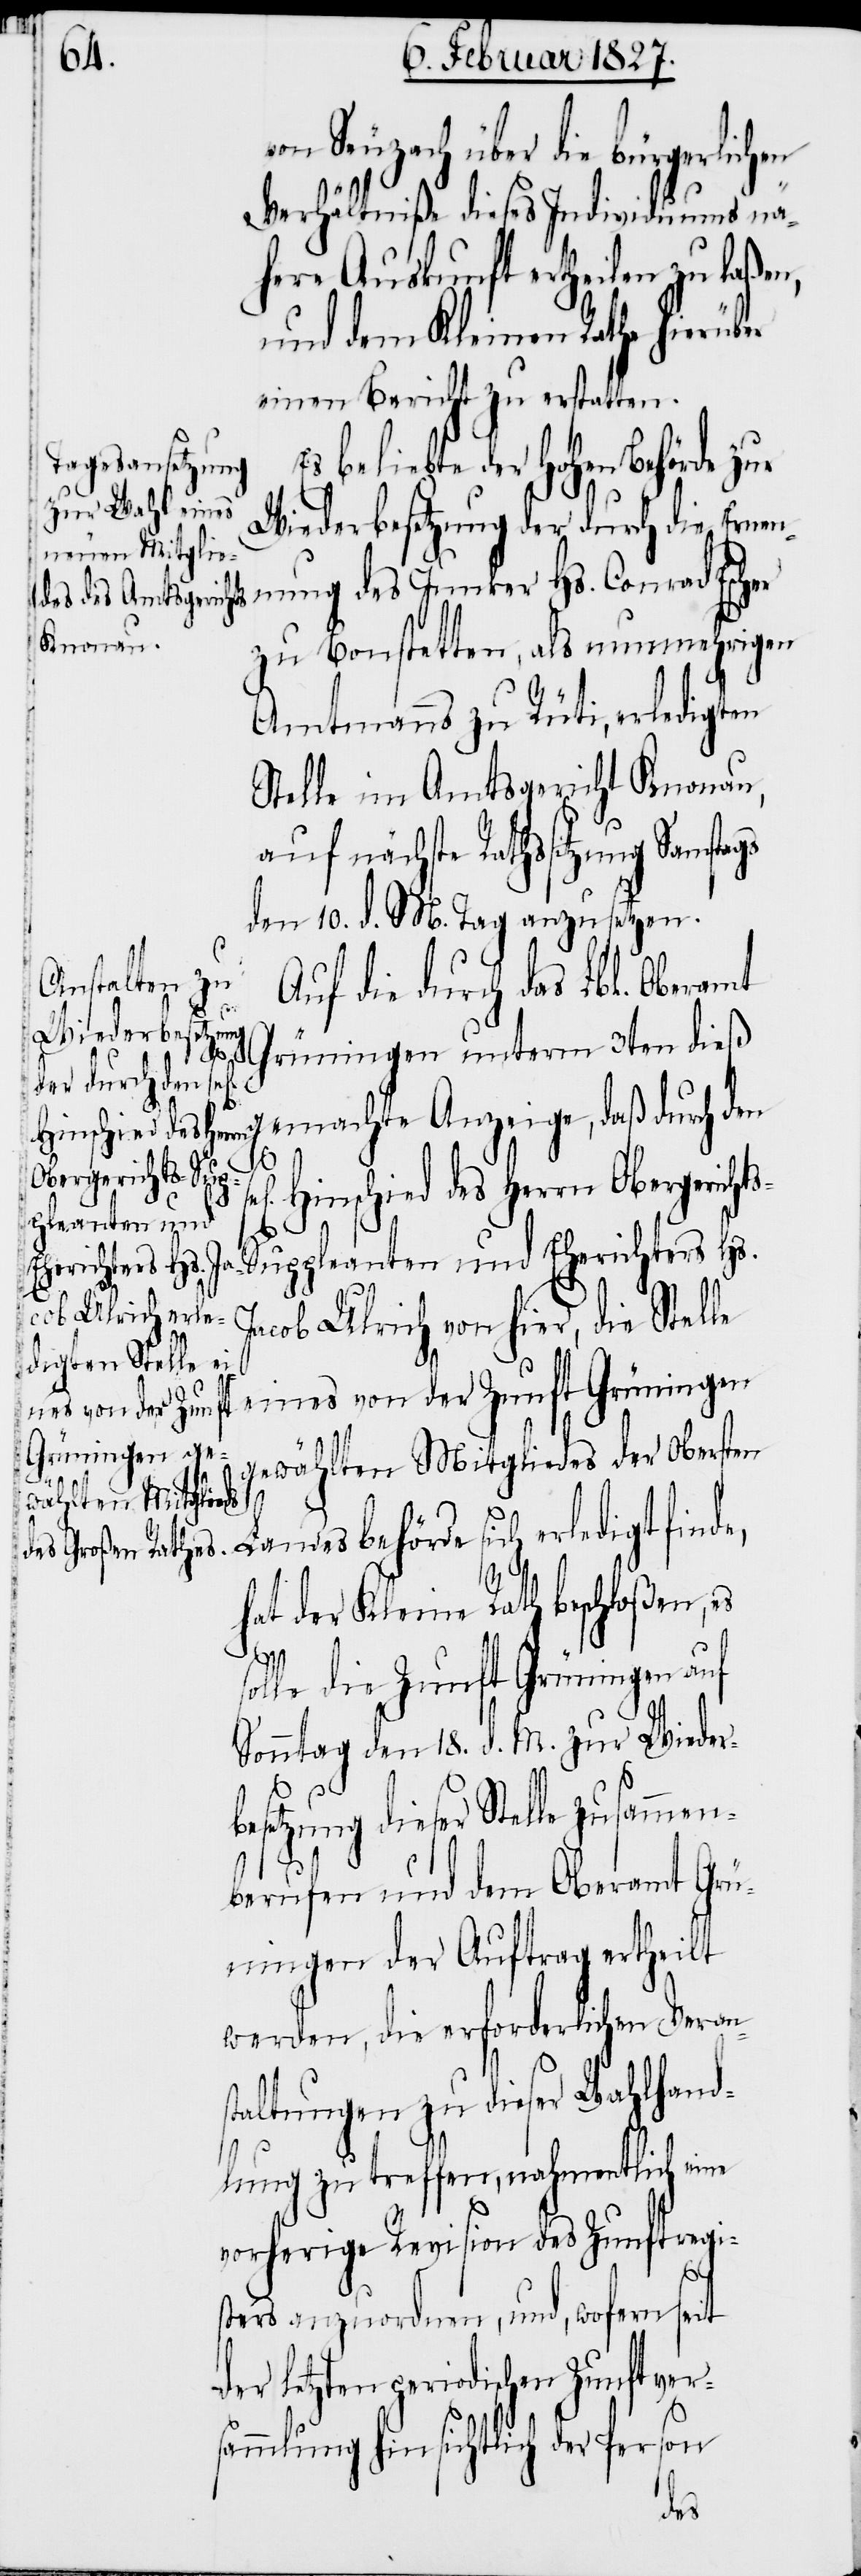
von Seuzach über die bürgerlichen
Verhältniße dieses Individuums nä¬
here Auskunft ertheilen zu laßen,
und dem Kleinen Rathe hierüber
einen Bericht zu erstatten.
s beliebte der Hohen Behörde zur
Wiederbesetzung der durch die Ernen¬
zu Bonstetten, als nunmehrigen
Amtmanns zu Rüti, erledigten
Stelle im Amtsgericht Knonau,
auf nächste Rathssitzung Samsta¬
den 10. d. M. Tag anzusetzen.
Auf die durch das Lbl. Oberamt
Hs.
Grüningen unterm 3ten dieß
daß durch den se¬
E¬
n] Hinschied des Herrn Oberge¬
richts-Suppleanten und Eherichters Hs.
Jacob Ulrich von hier, die Stelle
eines von der Zunft Grüningen
gewählten Mitgliedes der Obersten
gs
Landesbehörde sich erledigt finde,
hat der Kleine Rath beschloßen, es
solle die Zunft Grüningen auf
Sonntag den 18. d. M. zur Wiederb¬
esetzung dieser Stelle zusammen¬
berufen und dem Oberamt Grü¬
ningen der Auftrag ertheilt
werden, die erforderlichen Veran¬
staltungen zu dieser Wahlhand¬
lung zu treffen, nahmentlich eine
vorherige Revision des Zunftregi¬
sters anzuordnen, und, wofern seit
der letzten periodischen Zunftver¬
sammlung hinsichtlich der Person
ge¬